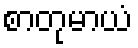
စာတုမာယံ